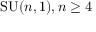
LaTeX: \mathrm { S U } ( n , 1 ) , n \geq 4